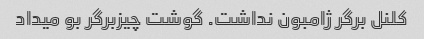
کلنل برگر ژامبون نداشت. گوشت چیزبرگر بو میداد